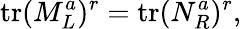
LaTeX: \mathrm{tr}(M_{L}^{a})^{r}=\mathrm{tr}(N_{R}^{a})^{r},